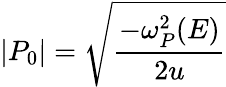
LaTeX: |P_{0}|=\sqrt{\frac{-\omega_{P}^{2}(E)}{2u}}